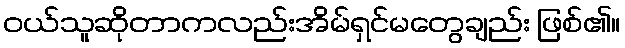
ဝယ်သူဆိုတာကလည်းအိမ်ရှင်မတွေချည်း ဖြစ်၏။